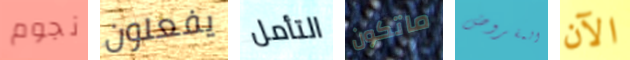
نجوم يفعلون التأمل ماتكون المفروض الآن